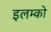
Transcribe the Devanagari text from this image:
इलम्को